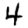
Digit: 4